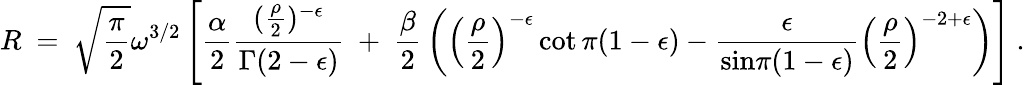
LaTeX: R~=~{\sqrt{\frac{\pi}{2}}}\omega^{3/2}\left[{\frac{\alpha}{2}}\frac{({\frac{\rho}{2}})^{-\epsilon}}{\Gamma(2-\epsilon)}~+~{\frac{\beta}{2}}\left(\left({\frac{\rho}{2}}\right)^{-\epsilon}\cot\pi(1-\epsilon)-\frac{\epsilon}{{\mathrm{sin}}\pi(1-\epsilon)}\left({\frac{\rho}{2}}\right)^{-2+\epsilon}\right)\right]~.